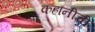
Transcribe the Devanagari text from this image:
कहानीची